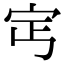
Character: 𡧎